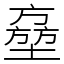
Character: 𡑔